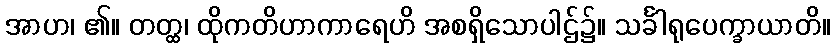
အာဟ၊ ၏။ တတ္ထ၊ ထိုကတိဟာကာရေဟိ အစရှိသောပါဌ်၌။ သင်္ခါရုပေက္ခာယာတိ။